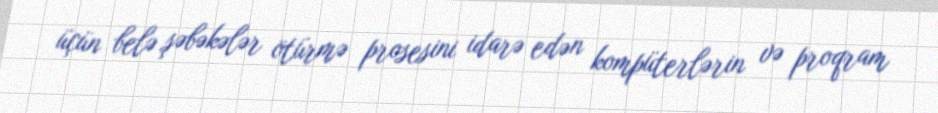
üçün belə şəbəkələr ötürmə prosesini idarə edən kompüterlərin və proqram